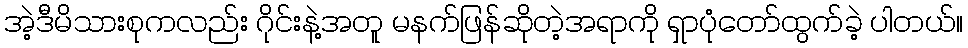
အဲ့ဒီမိသားစုကလည်း ဂိုင်းနဲ့အတူ မနက်ဖြန်ဆိုတဲ့အရာကို ရှာပုံတော်ထွက်ခဲ့ ပါတယ်။